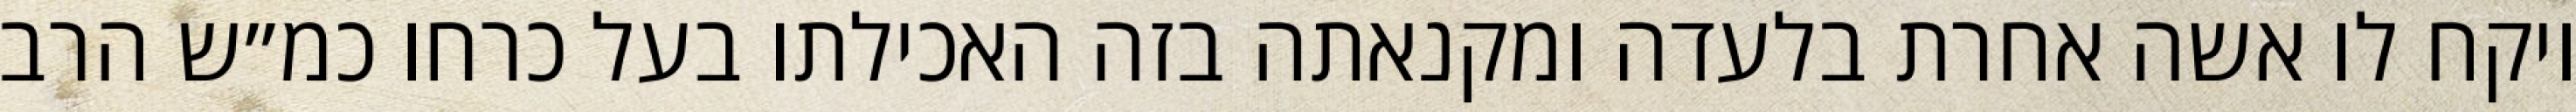
ויקח לו אשה אחרת בלעדה ומקנאתה בזה האכילתו בעל כרחו כמ״ש הרב